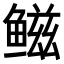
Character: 𫚤